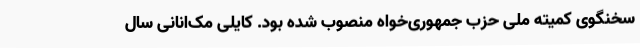
سخنگوی کمیته ملی حزب جمهوری‌خواه منصوب شده بود. کایلی مک‌انانی سال